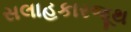
સલાહકારજૂથ